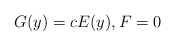
\begin{align*}G(y)=cE(y), F=0\end{align*}